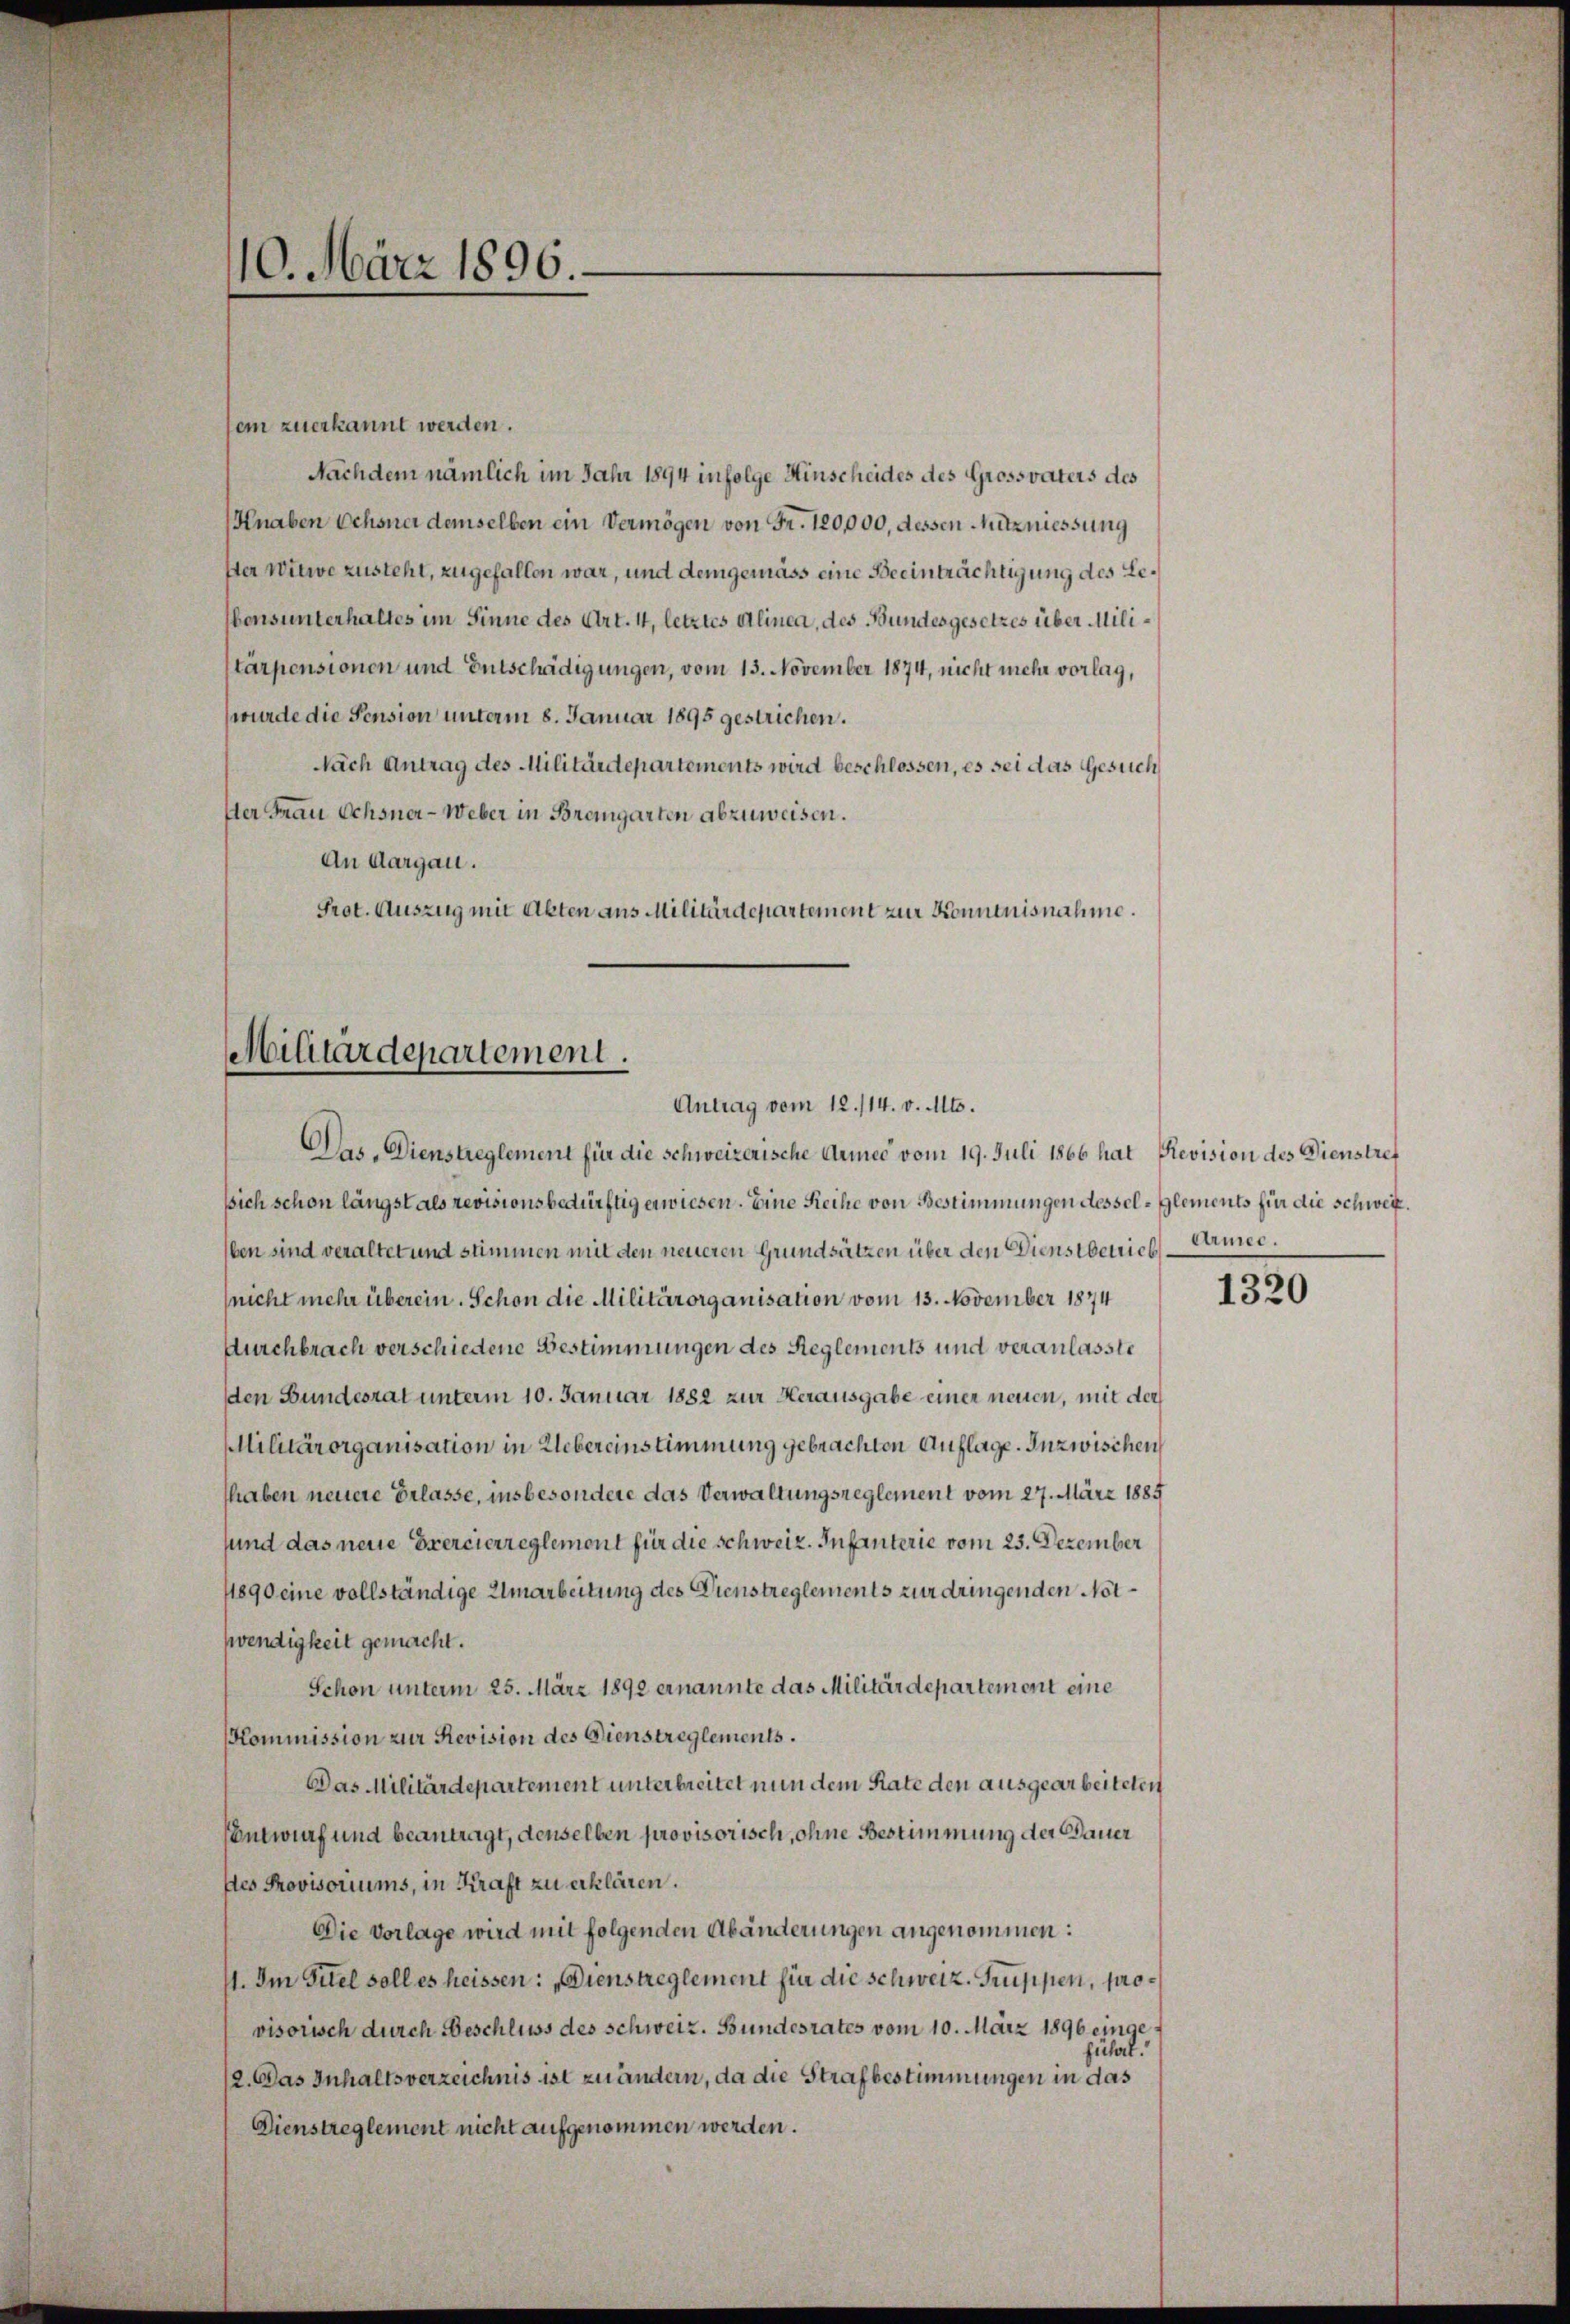
10. März 1896.

sein zuerkannt werden.
Nachdem nämlich im Jahr 1894 infolge Hinscheides des Grossvaters des
Knaben Ochsner demselben ein Vermögen von Fr. 120,000, dessen Mutzniessung
ser Witwe zusteht, zugefallen war, und demgemäss eine Beeinträchtigung des Lebensunterhaltes im Sinne des Art. 11, letztes Alinea, des Bundesgesetzes über Militarpensionen und Entschädigungen, vom 13. November 1874, nicht mehr vorlag,
(wurde die Pension unterm 8. Januar 1895 gestrichen.
Nach Antrag des Militärdepartements wird beschlossen, es sei das Gesuch
ser Frau Ochsner-Weber in Bremgarten abzuweisen.
An Aargau.
Prot. Auszug mit Abten aus Militärdepartement zur Kenntnisnahme.
Das. Dienstreglement für die schweizerische Armee vom 19. Juli 1866 hat Revision des Dienstref
ssich schon längst als revisionsbedürftig erwiesen. Eine Reihe von Bestimmungen dessel-glements für die Schweiz.
ben sind veraltet und stimmen mit den neueren Grundsätzen über den Dienstberich
(nicht mehr überein. Schon die Militärorganisation vom 13. November 1874
Aurchbrach verschiedene Bestimmungen des Reglements und veranlasste
den Bundesrat unterm 10. Januar 1882 zur Herausgabe einer neuen, mit der
Militärorganisation in Uebereinstimmung gebrachten Auflage. Inzwischen
shaben neuere Erlasse, insbesondere das Verwaltungsreglement vom 27. März 1885
sund das neue Exercierreglement für die schweiz. Infanterie vom 25. Dezember
11890 eine vollständige Umarbeitung des Dienstreglements zur dringenden Notwendigkeit gemacht.
Schon unterm 25. März 1892 ernannte das Militärdepartement eine
Kommission zur Revision des Dienstreglements.
Das Militärdepartement unterbreitet nun dem Rate den ausgearbeiteten
EEntwurf und beantragt, denselben provisorisch, ohne Bestimmung der Dauer
des Provisoriums, in Kraft zu erklären.
Die Vorlage wird mit folgenden Abänderungen angenommen:
11. Im Titel soll es heissen: „Dienstreglement für die schweiz. Gruppen, provisorisch durch Beschluss des schweiz. Bundesrates vom 10. März 1896 eingeführt.
2. Das Inhaltsverzeichnis ist zu ändern, da die Strafbestimmungen in das
Dienstreglement nicht aufgenommen werden.

Militärdepartement.
Antrag vom 12./14. v. Mts.

Armee.

1320